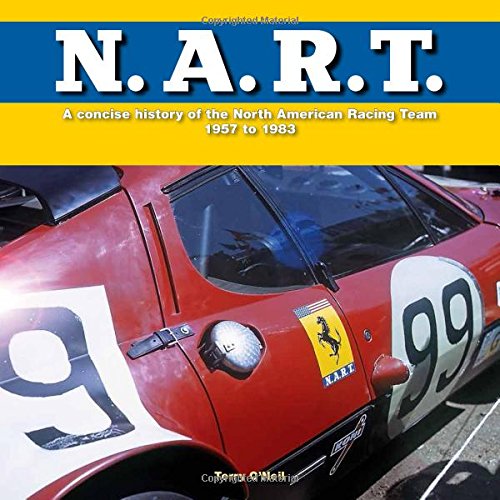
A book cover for N.A.R.T.: A concise history of the North American Racing Team 1957 to 1983; Terry O'Neil; Engineering & Transportation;